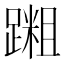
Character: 𫏝